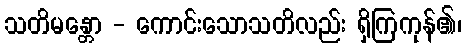
သတိမန္တော - ကောင်းသောသတိလည်း ရှိကြကုန်၏၊